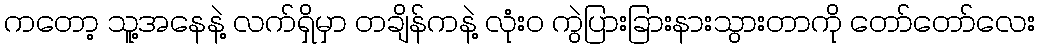
ကတော့ သူ့အနေနဲ့ လက်ရှိမှာ တချိန်ကနဲ့ လုံးဝ ကွဲပြားခြားနားသွားတာကို တော်တော်လေး